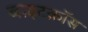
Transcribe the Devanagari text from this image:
वाइटक्रॉस